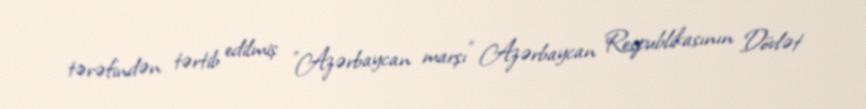
tərəfindən tərtib edilmiş "Azərbaycan marşı" Azərbaycan Respublikasının Dövlət